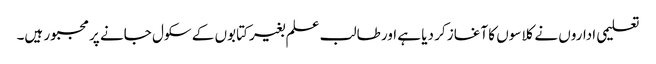
تعلیمی اداروں نے کلاسوں کا آغاز کر دیا ہے اور طالب علم بغیر کتابوں کے سکول جانے پر مجبور ہیں۔